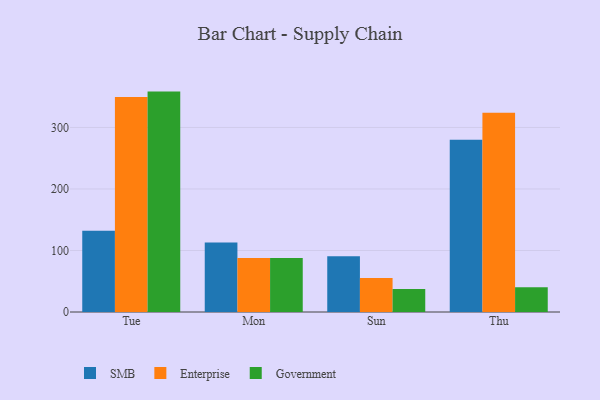
{"axis": {"x": "Day", "y": "Headcount"}, "legend": ["Enterprise", "Government", "SMB"], "data": [{"x": "Tue", "y": 132.1, "type": "SMB"}, {"x": "Tue", "y": 349.4, "type": "Enterprise"}, {"x": "Tue", "y": 358.3, "type": "Government"}, {"x": "Mon", "y": 113.1, "type": "SMB"}, {"x": "Mon", "y": 87.9, "type": "Enterprise"}, {"x": "Mon", "y": 87.9, "type": "Government"}, {"x": "Sun", "y": 90.6, "type": "SMB"}, {"x": "Sun", "y": 55.1, "type": "Enterprise"}, {"x": "Sun", "y": 37.5, "type": "Government"}, {"x": "Thu", "y": 280.0, "type": "SMB"}, {"x": "Thu", "y": 324.0, "type": "Enterprise"}, {"x": "Thu", "y": 40.1, "type": "Government"}]}